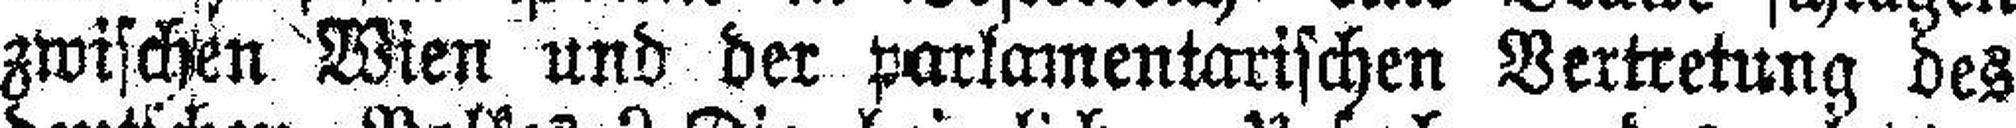
zwischen Wien und der parlamentarischen Vertretung des